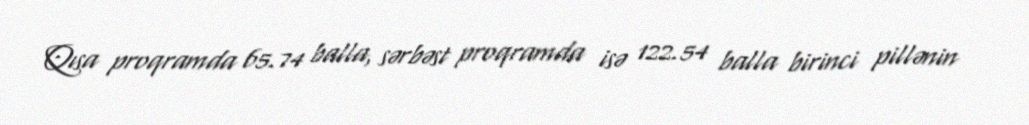
Qısa proqramda 65.74 balla, sərbəst proqramda isə 122.54 balla birinci pillənin